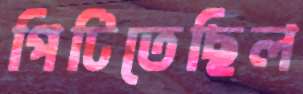
পিটিতেছিল